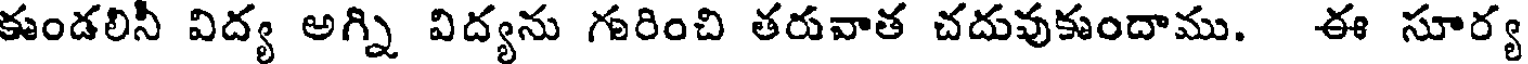
కుండలినీ విద్య అగ్ని విద్యను గరించి తరువాత చదువుకుందాము. ఈ సూర్య